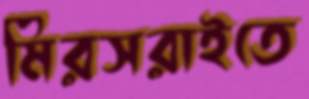
মিরসরাইতে